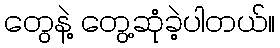
တွေနဲ့ တွေ့ဆုံခဲ့ပါတယ်။